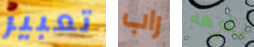
تعبير راب يكرهه